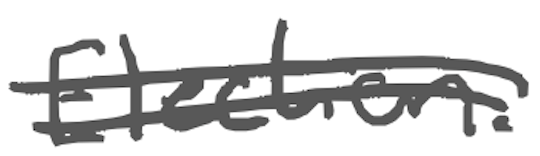
Text: Election.
Cross-out: mix
Writing tool: digital_gray